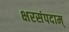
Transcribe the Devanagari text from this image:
क्षरसंपदाम्